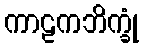
ကာဠကဘိက္ခုံ